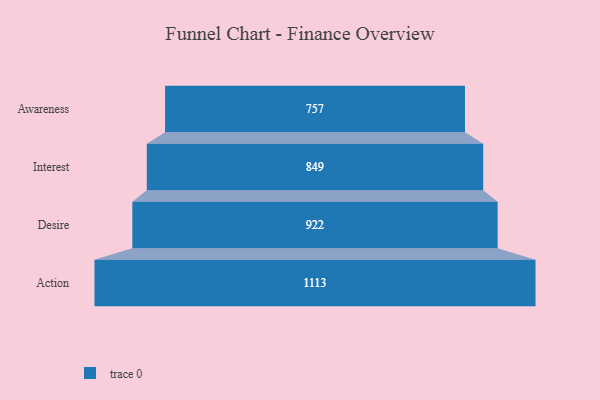
{"axis": {"x": "Stage", "y": "Value"}, "legend": [""], "data": [{"x": "Awareness", "y": 757.0, "type": ""}, {"x": "Interest", "y": 849.0, "type": ""}, {"x": "Desire", "y": 922.0, "type": ""}, {"x": "Action", "y": 1113.0, "type": ""}]}